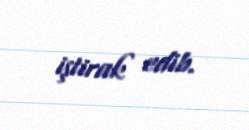
iştirak edib.